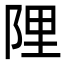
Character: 䧉